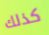
كذلك